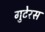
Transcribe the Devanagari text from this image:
गुटेरस